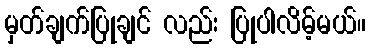
မှတ်ချက်ပြုချင် လည်း ပြုပါလိမ့်မယ်။